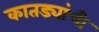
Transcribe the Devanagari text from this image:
कातड्यांची